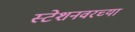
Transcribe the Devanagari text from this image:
स्टेशनवरच्या